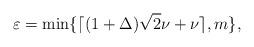
LaTeX: \begin{align*}\varepsilon=\min \{\lceil (1+\Delta) \sqrt{2} \nu+\nu \rceil,m \}, \end{align*}